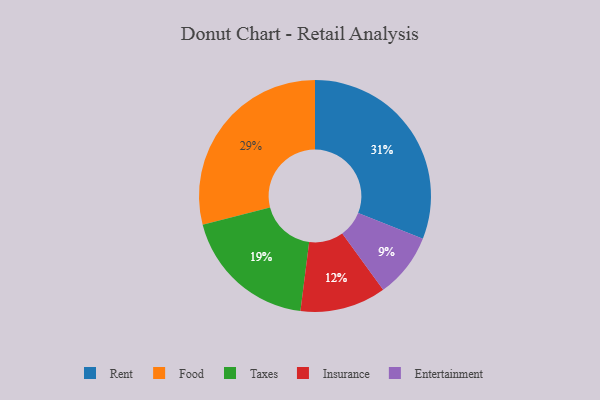
{"axis": {"x": "Category", "y": "Percentage"}, "legend": ["Entertainment", "Food", "Insurance", "Rent", "Taxes"], "data": [{"x": "Food", "y": 29, "type": "Food"}, {"x": "Taxes", "y": 19, "type": "Taxes"}, {"x": "Insurance", "y": 12, "type": "Insurance"}, {"x": "Rent", "y": 31, "type": "Rent"}, {"x": "Entertainment", "y": 9, "type": "Entertainment"}]}